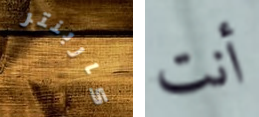
كاربنتر أنت